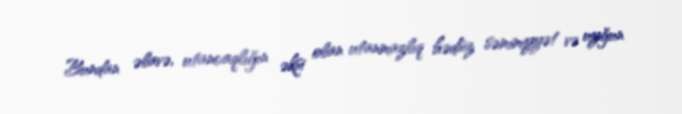
Bundan əlavə, utancaqlığın əksi olan utanmazlıq hədsiz səmimiyyət və uyğun